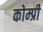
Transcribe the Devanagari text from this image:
कोम्प्री